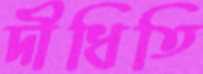
দীধিতি